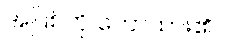
အပြစ်ကို ဟောထား၏။